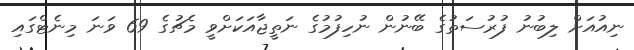
ނިއުއަށް ލިބުނު ފުރުސަތުގެ ބޭނުން ނުހިފުމުގެ ނަތީޖާއަކަށްވީ މެޗުގެ 69 ވަނަ މިނެޓްގައި